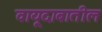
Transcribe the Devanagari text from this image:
वायूदाबातील